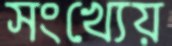
সংখ্যেয়